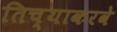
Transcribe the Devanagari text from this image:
तिच्याकरवे